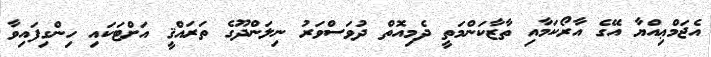
އެޖަމްޢިއްޔާ އޭގެ އާރޯކަމާއި ތާޒާކަންމަތީ ދެމިއޮތް ދުވަސްވަރު ނިލަންދޫގެ ތަރައްޤީ އަށްޓަކައި ހިންގިފައިވާ